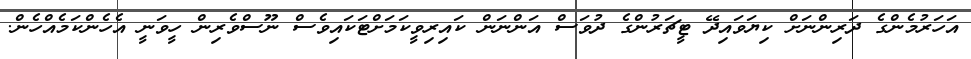
އަހަރުމެންގެ ދަރިންނަށް ކިޔަވައިދޭ ޓީޗަރުންގެ ދުވަސް އަންނަން ކައިރިވީކަމަށްޓަކައިވެސް ނޫސްވެރިން ހީވަނީ އެހެންކަމެއްހެން.